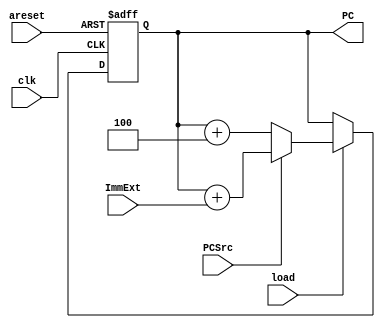
module program_counter(
	input clk,
	input areset,
	input load,
	input [31:0] ImmExt,
	input PCSrc,
	output reg [31:0] PC
);

wire [31:0] PCNext;
always @(posedge clk or negedge areset) begin
	if (!areset) begin
		PC <= 0;
	end 
	else begin
            	PC <= (load) ? PCNext : PC;
	end
end

assign PCNext = (PCSrc) ? PC + ImmExt : PC + 4;
endmodule